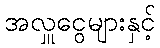
အလှူငွေများနှင့်